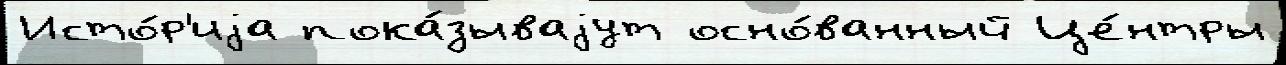
Исто́р'иjа пока́зываjут осно́ванный Це́нтры